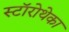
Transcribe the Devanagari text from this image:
स्टॉरोथेका